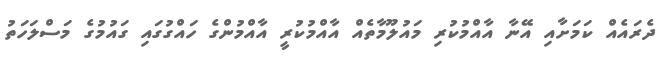
ދެރައެއް ކަމަށާއި އޭނާ އާއްމުކުރި މައުލޫމާތެއް އާއްމުކުރީ އާއްމުންގެ ހައްގުގައި ގައުމުގެ މަސްލަހަތު